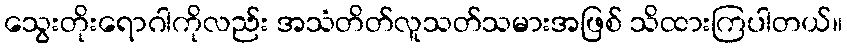
သွေးတိုးရောဂါကိုလည်း အသံတိတ်လူသတ်သမားအဖြစ် သိထားကြပါတယ်။